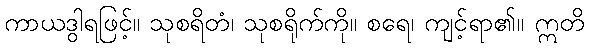
ကာယဒွါရဖြင့်။ သုစရိတံ၊ သုစရိုက်ကို။ စရေ၊ ကျင့်ရာ၏။ ဣတိ